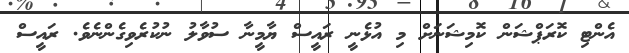
އެންޓި ކޮރަޕްޝަން ކޮމިޝަނަށް މި އުޅެނީ ރައީސް ޔާމީނާ ސުވާލު ނުކުރެވިގެންނެވެ. ރައީސް